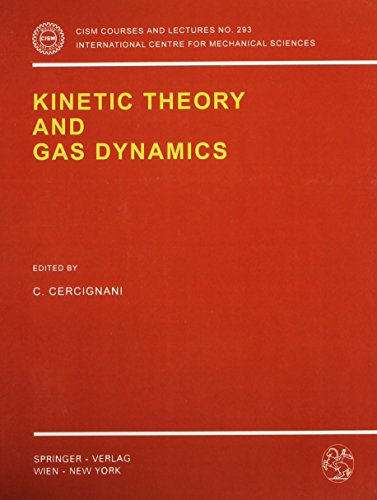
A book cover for Kinetic Theory and Gas Dynamics (Cism Courses and Lectures, No. 293); Science & Math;